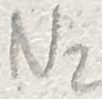
Text: N2